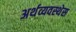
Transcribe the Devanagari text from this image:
अर्थव्यवस्थेस